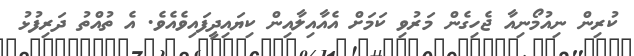
ކުރިން ނިއުމޯނިއާ ޖެހިގެން މަރުވި ކަމަށް އެއާއިލާއިން ކިޔައިދީފައިވެއެވެ. އެ ތުއްތު ދަރިފުޅު